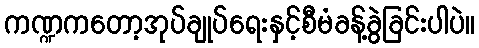
ကဏ္ဍကတော့အုပ်ချုပ်ရေးနှင့်စီမံခန့်ခွဲခြင်းပါပဲ။